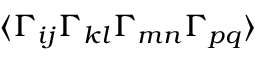
\langle \Gamma _ { i j } \Gamma _ { k l } \Gamma _ { m n } \Gamma _ { p q } \rangle